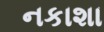
નકાશા